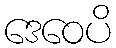
ဒေဝေပိ